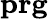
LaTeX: \mathbf{pr}\mathbf{g}